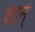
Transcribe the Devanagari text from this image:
शान्